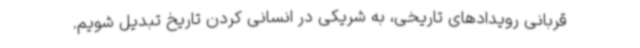
قربانی رویدادهای تاریخی، به شریکی در انسانی کردن تاریخ تبدیل شویم.